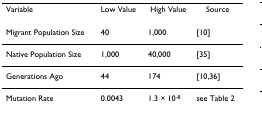
| Variable | Low Value | High Value | Source |
 | --- | --- | --- | --- |
 | Migrant Population Size | 40 | 1,000 | [10] |
 | Native Population Size | 1,000 | 40,000 | [35] |
 | Generations Ago | 44 | 174 | [10,36] |
 | Mutation Rate | 0.0043 | 1.3 × 10-8 | see Table 2 |